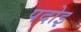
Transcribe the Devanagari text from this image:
पदोइ